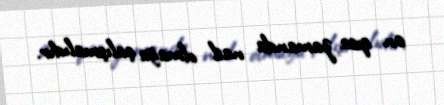
ən qısa zamanda nail olmağa çalışmalıdır.